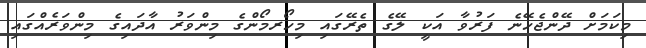
މިކަމަށް ދޭންޖެހޭނެ ފަރުވާ އަކީ ލޭގެ ތެރޭގައި މިހޯރމޯންގެ މިންވަރު އާދައިގެ މިންވަރެއްގައި